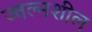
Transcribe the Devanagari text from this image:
ज्वल्नशील